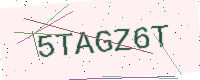
Text: 5TAGZ6T